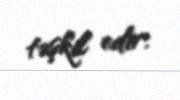
təşkil edir.